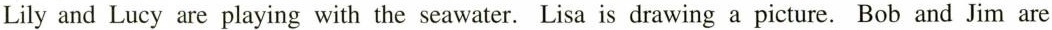
Lily and Lucy are playing with the seawater.Lisa is drawing a picture.Bob and Jim are